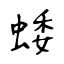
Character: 蜲